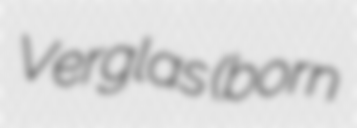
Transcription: Verglas (born